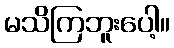
မသိကြဘူးပေါ့။